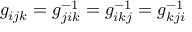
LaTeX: g _ { i j k } = g _ { j i k } ^ { - 1 } = g _ { i k j } ^ { - 1 } = g _ { k j i } ^ { - 1 }